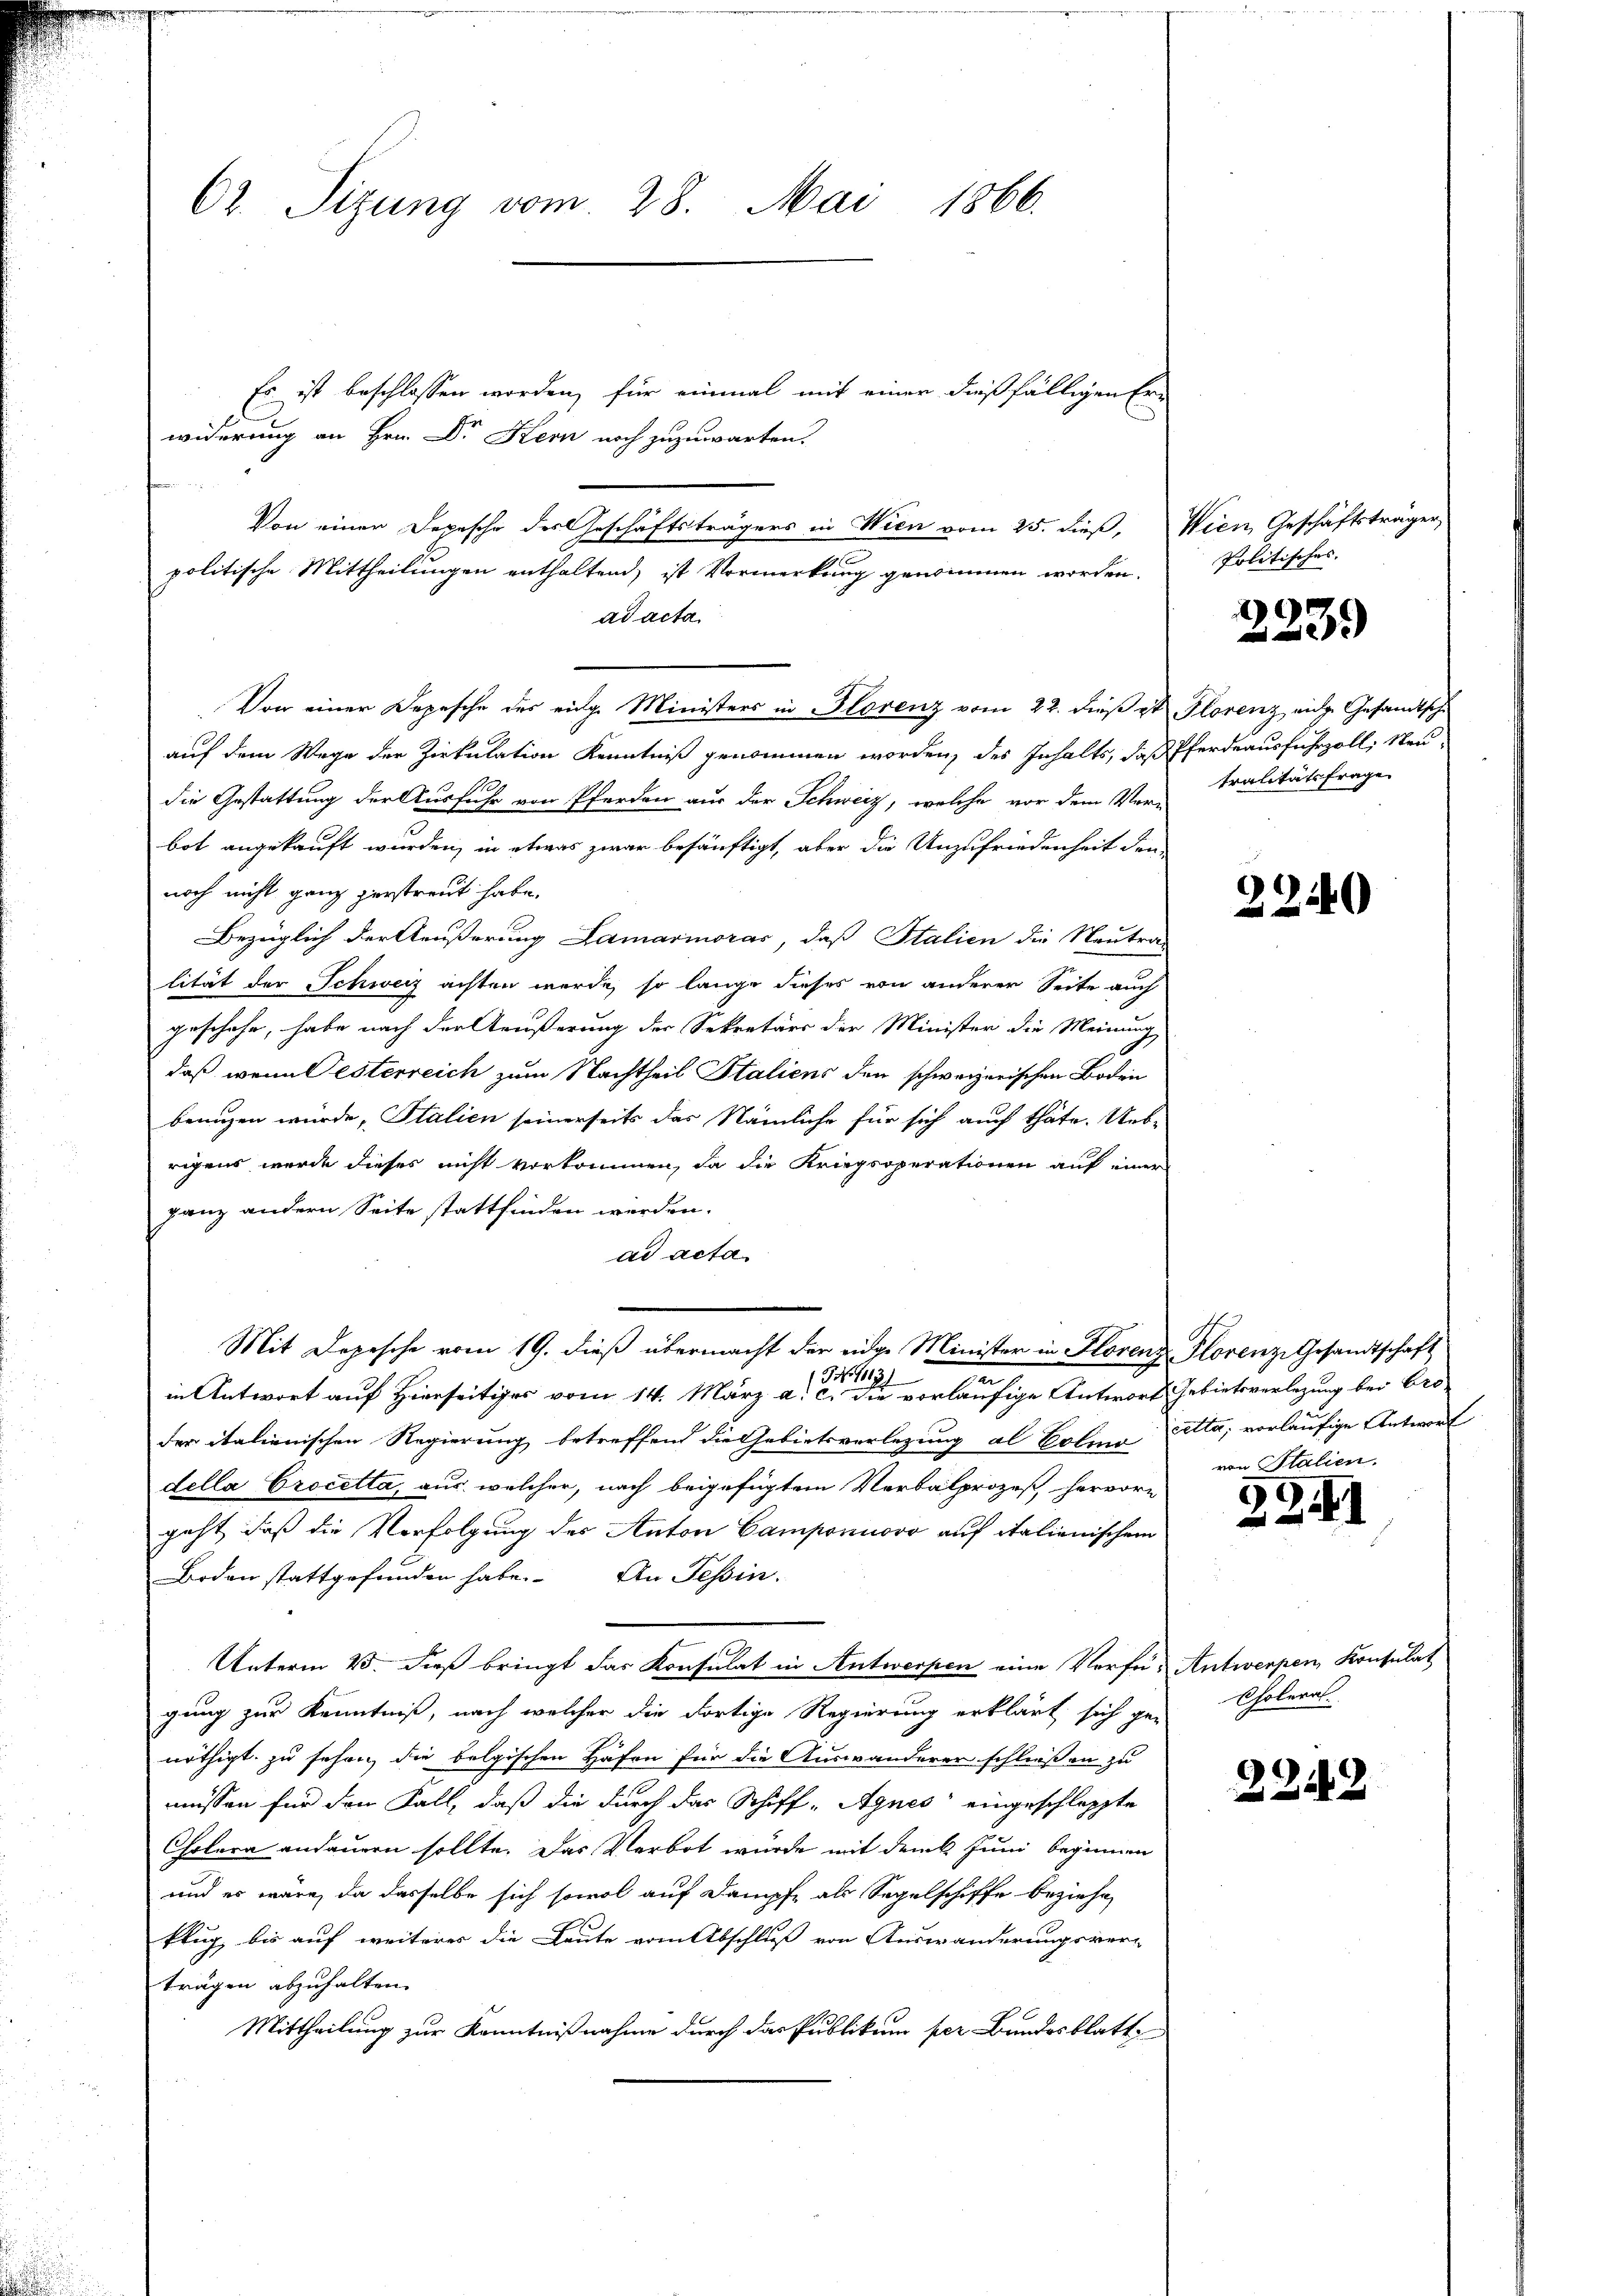
62. Sizung vom 28. Mai 1866.

Es ist beschlossen worden, für einmal mit einer dießfälligen Erwiderung an Hrn. Dr Kern noch zuzuwarten.
Von einer Depesche des Geschäftsträgers in Wien vom 25. dieß, Wien Geschäftsträger,
politische Mittheilungen enthaltend, ist Vormerkung genommen worden.
ad acta
auf dem Wege der Zirkulation Kenntniß genommen worden, des Inhalts, daß Pferdeausfuhrzoll; Neu-
die Gestattung der Ausfuhr von Pferden aus der Schweiz, welche vor dem Ver-
bot angekauft wurden, in etwas zwar besänftigt, aber die Unzufriedenheit den-
noch nicht ganz zerstreut habe.
Bezüglich der Aeußerung Lamarinorar, daß Stalien die Neutra-
lität der Schweiz achten werde, so lange dieses von anderer Seite auch
geschehe, habe nach der Aeußerung der Sekretärs der Minister die Meinung
daß wenn Oesterreich zum Nachtheil Staliens den schweizerischen Boden
benuzen wurde, Stalien seinerseits das Nämliche für sich auch thäte. Ueb-
rigens wurde dieses nicht vorkommen, da die Kriegsoperationen auf einer
ganz andern Seite stattfinden werden.
ad acta
Mit Depesche vom 19. dieß übermacht der eidge Minister in Horenz-Plorenze Gesandtschaft
NNo. 1171
in Antwort auf Hierseitiges vom 14. März a. c. die vorläufige Antwort Gebietsverlegung bei Ero-
der italienischen Regierung betreffend die Gebietsverlegung al Eolins cetta, vorläufige Antwort
della Procetta, aus, welcher, nach beigefügtem Verbalprozeß hervor-
geht, daß die Verfolgung des Anton Camponuovo auf italienischem
Boden stattgefunden habe. An Tessin.
Unterm 20. Dieß bringt das Konsulat in Antwerpen eine Vorfes Antwerpen, Konsulat
gung zur Kenntniß, nach welcher die dortige Regierung erklärt sich ge-
nöthigt, zu sehen die belgischen Häfen für die Auswanderer schließen zu
müssen für den Fall, daß die durch das Schiff-Agnes eingeschleppte
Cholera andauern sollte. Das Verbot wurde mit dem k. Juni beginnen
und es wäre, da dasselbe sich sowol auf Dampfe als Sagelschiffe beziehe,
klug, bis auf weiteres die Leute vom Abschluß von Auswanderungsver-
trägen abzuhalten.
Mittheilung zur Kenntnißnahme durch das Publikum per Bundesblatte

Von einer Depesche des eidg. Ministers in Florenz vom 22. dieß ist Florenz eidg. Gesandtsch

Politisches.

223.

tralitätsfrage

2240

von Italien.

29.

Choleral.

2242